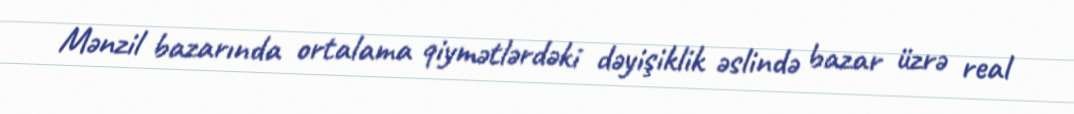
Mənzil bazarında ortalama qiymətlərdəki dəyişiklik əslində bazar üzrə real